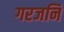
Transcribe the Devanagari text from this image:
गरजनि